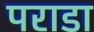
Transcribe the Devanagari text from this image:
पराडा